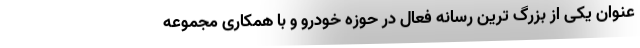
عنوان یکی از بزرگ ترین رسانه فعال در حوزه خودرو و با همکاری مجموعه